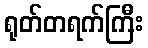
ရုတ်တရက်ကြီး